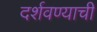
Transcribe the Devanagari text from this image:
दर्शवण्याची